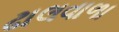
ઢાલવાળા